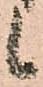
候